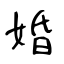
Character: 婚